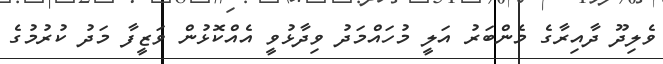
ވެލިދޫ ދާއިރާގެ މެންބަރު އަލީ މުހައްމަދު ވިދާޅުވީ އެއްކޮޅުން ވަޒީފާ މަދު ކުރުމުގެ